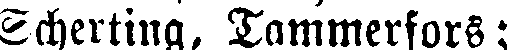
Scherting, Tammerfors;